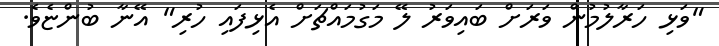
"ވަޅި ހަރާލުމުން ވަރަށް ބައިވަރު ލޭ މަގުމައްޗަށް އެޅިފައި ހުރި" އޭނާ ބުންޏެވެ.